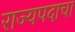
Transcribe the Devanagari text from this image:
राज्यपदाचा